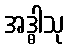
အဒ္ဓါသု